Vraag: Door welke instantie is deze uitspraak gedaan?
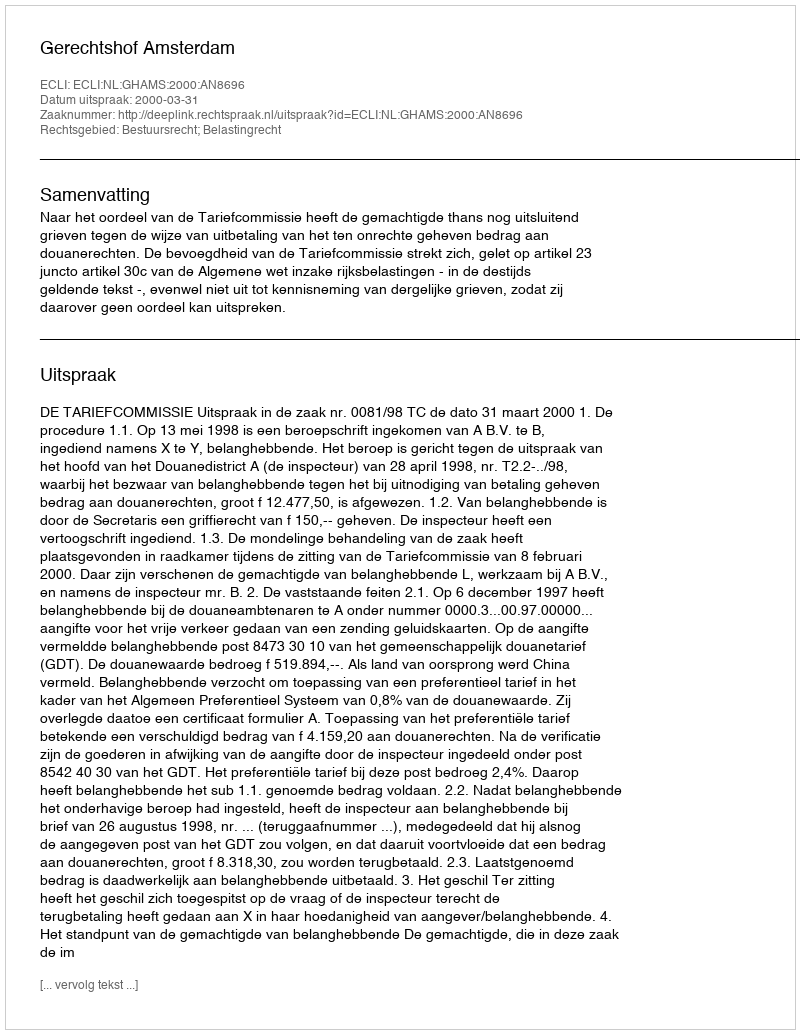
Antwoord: Gerechtshof Amsterdam